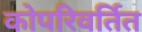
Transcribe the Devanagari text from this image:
कोपरिवर्तित